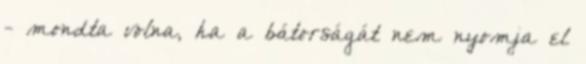
- mondta volna, ha a bátorságát nem nyomja el